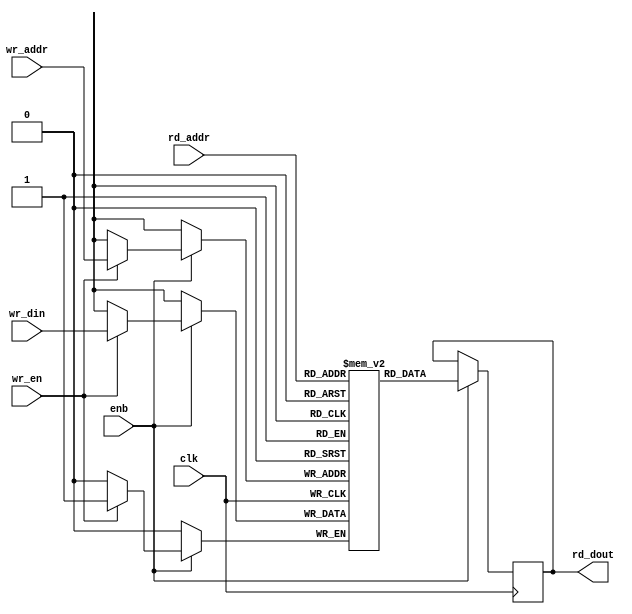
// -------------------------------------------------------------
// 
// 
// Generated by MATLAB 9.13 and HDL Coder 4.0
// 
// -------------------------------------------------------------


// -------------------------------------------------------------
// 
// Module: SimpleDualPortRAM_generic
// Source Path: DUCforLTEHDL/HDL_DUC/CIC Compensation Interpolator/DUCforLTEHDL/HDL_DUC/CIC Compensation Interpolator/FIRFilter1/Addressable 
// Delay Line/SimpleDualPortRAM_generi
// Hierarchy Level: 4
// 
// -------------------------------------------------------------

`timescale 1 ns / 1 ns

module SimpleDualPortRAM_generic
          (clk,
           enb,
           wr_din,
           wr_addr,
           wr_en,
           rd_addr,
           rd_dout);

  parameter integer AddrWidth  = 1;
  parameter integer DataWidth  = 1;

  input   clk;
  input   enb;
  input   signed [DataWidth - 1:0] wr_din;  // parameterized width
  input   [AddrWidth - 1:0] wr_addr;  // parameterized width
  input   wr_en;  // ufix1
  input   [AddrWidth - 1:0] rd_addr;  // parameterized width
  output  signed [DataWidth - 1:0] rd_dout;  // parameterized width


  reg  [DataWidth - 1:0] ram [2**AddrWidth - 1:0];
  reg  [DataWidth - 1:0] data_int;
  integer i;

  initial begin
    for (i=0; i<=2**AddrWidth - 1; i=i+1) begin
      ram[i] = 0;
    end
    data_int = 0;
  end


  always @(posedge clk)
    begin : SimpleDualPortRAM_generic_process
      if (enb == 1'b1) begin
        if (wr_en == 1'b1) begin
          ram[wr_addr] <= wr_din;
        end
        data_int <= ram[rd_addr];
      end
    end

  assign rd_dout = data_int;

endmodule  // SimpleDualPortRAM_generic